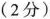
(2分)